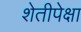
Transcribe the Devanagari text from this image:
शेतीपेक्षा